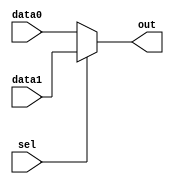
module multiplexer (
  input wire sel,
  input wire data0,
  input wire data1,
  output reg out
);

always @(*) begin
  if(sel == 1'b0)
    out = data0;
  else
    out = data1;
end

endmodule